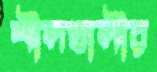
শীলখালীর